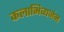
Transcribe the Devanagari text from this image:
कलाभिव्यजंन